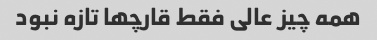
همه چیز عالی فقط قارچها تازه نبود